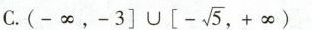
C.$$(- \infty ,-3 \right] \cup \left[ - \sqrt{5},+ \infty)$$